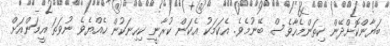
ބަޔާންކޮށްދޭން ކިތަންމެހާވެސް ބޭނުމެވެ. އެކަމަކު އެކަން ކުރާނީ ކިހިނަކުން ހެއްޔެވެ ނުވަތަ އީމަންއަށް